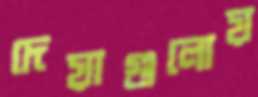
দেয়াগুলোয়